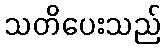
သတိပေးသည်